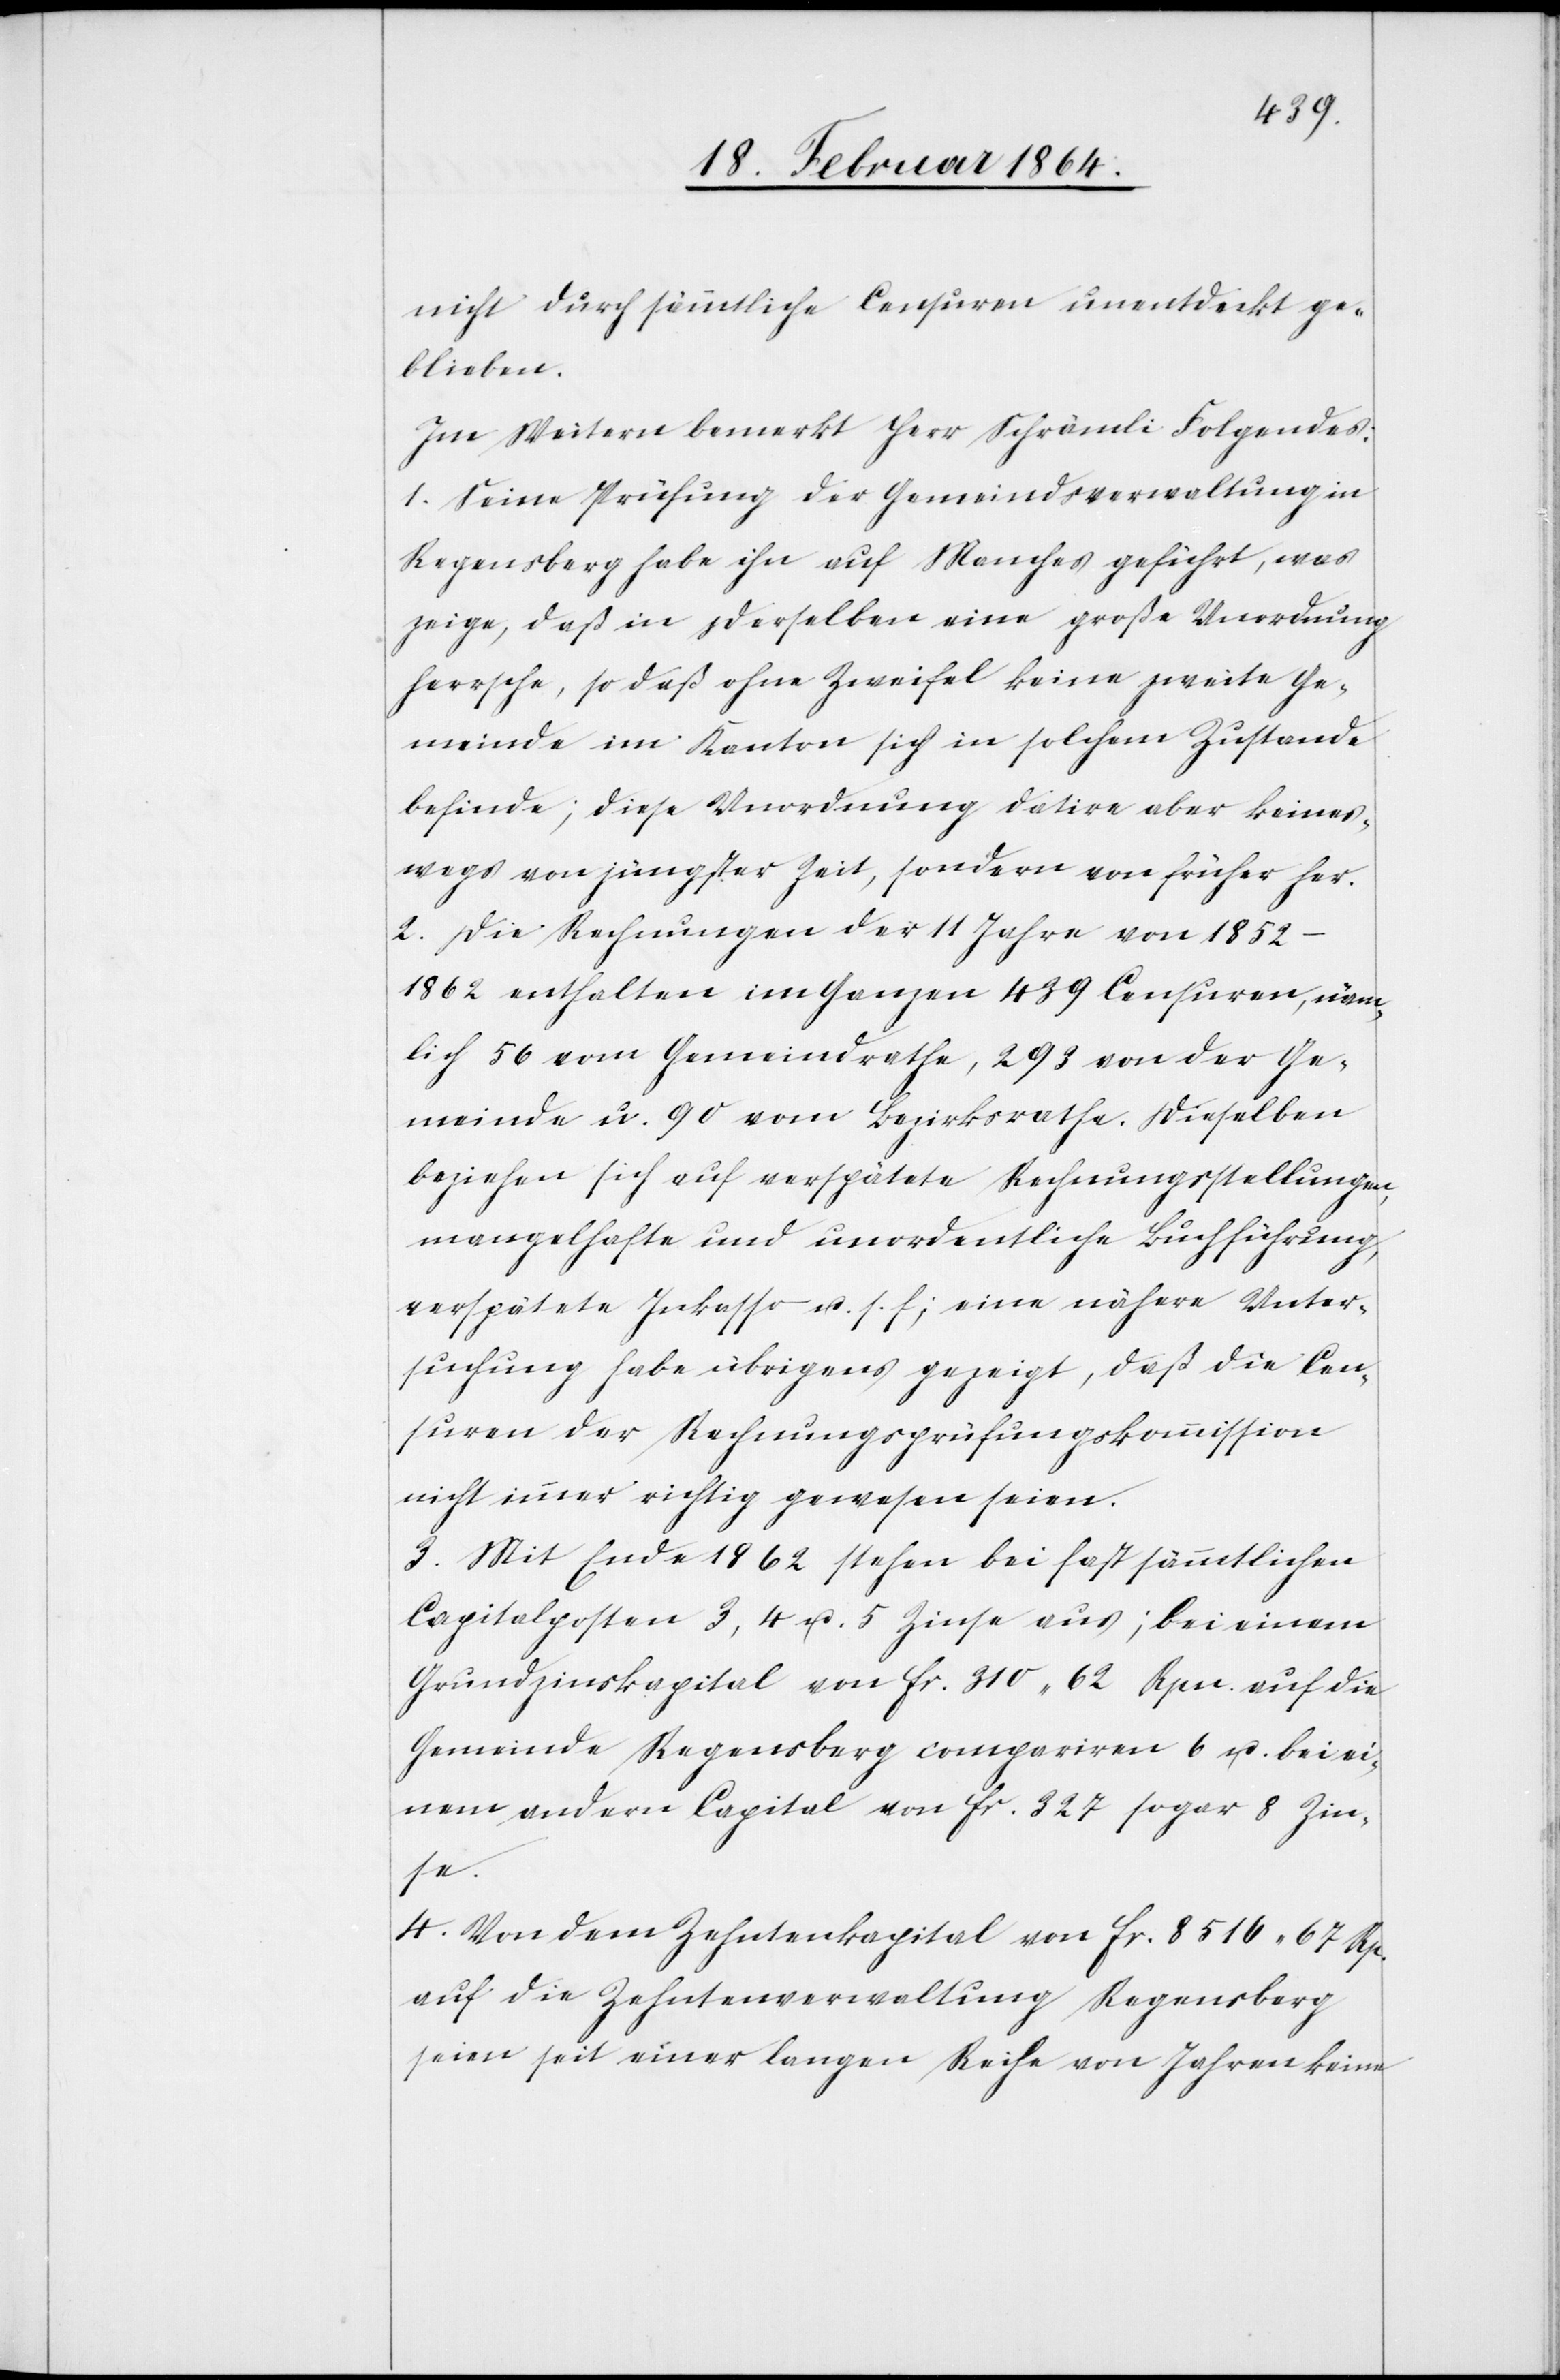
nicht durch sämmtliche Censuren unentdeckt ge¬
blieben.
Im Weitern bemerkt Herr Schrämli Folgendes:
1. Seine Prüfung der Gemeindsverwaltung in
Regensberg habe ihn auf Manches geführt, was
zeige, daß in derselben eine große Unordnung
herrsche, so daß ohne Zweifel keine zweite Ge¬
meinde im Kanton sich in solchem Zustande
befinde; diese Unordnung datire aber keines¬
wegs von jüngster Zeit, sondern von früher her.
2. Die Rechnungen der 11 Jahre von 1852–1862
enthalten im Ganzen 439 Censuren, näm¬
lich 56 vom Gemeindrathe, 293 von der Ge¬
meinde u. 90 vom Bezirksrathe. Dieselben
beziehen sich auf verspätete Rechnungsstellungen,
mangelhafte und unordentliche Buchführung,
verspätete Inkasso u. s. f.; eine nähere Unter¬
suchung habe übrigens gezeigt, daß die Cen¬
suren der Rechnungsprüfungskommission
nicht immer richtig gewesen seien.
3. Mit Ende 1862 stehen bei fast sämmtlichen
Capitalposten 3, 4 u. 5 Zinse aus; bei einem
Grundzinskapital von fr. 310 62 Rpn. auf die
Gemeinde Regensberg compariren 6 u. bei ei¬
nem andern Capital von fr. 327 sogar 8 Zin¬
se.
4. Von dem Zehntenkapital von fr. 8516 67 Rp.
auf die Zehntenverwaltung Regensberg
seien seit einer langen Reihe von Jahren keine